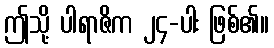
ဤသို့ ပါရာဇိက ၂၄-ပါး ဖြစ်၏။